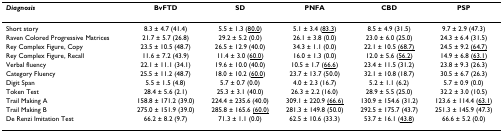
<table><thead><tr><td><b><i>Diagnosis</i></b></td><td><b>BvFTD</b></td><td><b>SD</b></td><td><b>PNFA</b></td><td><b>CBD</b></td><td><b>PSP</b></td></tr></thead><tbody><tr><td>Short story</td><td>8.3 ± 4.7 (41.4)</td><td>5.5 ± 1.3 (<underline>80.0</underline>)</td><td>5.1 ± 3.4 (<underline>83.3</underline>)</td><td>8.5 ± 4.9 (31.5)</td><td>9.7 ± 2.9 (47.3)</td></tr><tr><td>Raven Colored Progressive Matrices</td><td>21.7 ± 5.7 (26.8)</td><td>29.2 ± 5.2 (0.0)</td><td>26.1 ± 3.8 (0.0)</td><td>23.0 ± 6.0 (25.0)</td><td>24.3 ± 6.4 (31.5)</td></tr><tr><td>Rey Complex Figure, Copy</td><td>23.5 ± 10.5 (48.7)</td><td>26.5 ± 12.9 (40.0)</td><td>34.3 ± 1.1 (0.0)</td><td>22.1 ± 10.5 <underline>(68.7)</underline></td><td>24.5 ± 9.2 <underline>(64.7)</underline></td></tr><tr><td>Rey Complex Figure, Recall</td><td>11.6 ± 7.2 (43.9)</td><td>11.4 ± 3.0 (<underline>60.0</underline>)</td><td>16.0 ± 1.3 (0.0)</td><td>12.0 ± 5.6 (<underline>56.2</underline>)</td><td>14.9 ± 6.8 (<underline>63.1</underline>)</td></tr><tr><td>Verbal fluency</td><td>22.1 ± 11.1 (34.1)</td><td>19.6 ± 10.0 (40.0)</td><td>10.5 ± 1.7 (<underline>66.6</underline>)</td><td>23.4 ± 11.5 (31.2)</td><td>23.8 ± 9.3 (26.3)</td></tr><tr><td>Category Fluency</td><td>25.5 ± 11.2 (48.7)</td><td>18.0 ± 10.2 (<underline>60.0</underline>)</td><td>23.7 ± 13.7 (50.0)</td><td>32.1 ± 10.8 (18.7)</td><td>30.5 ± 6.7 (26.3)</td></tr><tr><td>Digit Span</td><td>5.5 ± 1.5 (4.8)</td><td>5.7 ± 0.7 (0.0)</td><td>4.0 ± 2.3 (16.7)</td><td>5.2 ± 1.1 (6.2)</td><td>5.7 ± 0.9 (0.0)</td></tr><tr><td>Token Test</td><td>28.4 ± 5.6 (2.1)</td><td>25.3 ± 3.1 (40.0)</td><td>26.3 ± 2.2 (16.0)</td><td>28.9 ± 5.5 (25.0)</td><td>32.2 ± 3.0 (10.5)</td></tr><tr><td>Trail Making A</td><td>158.8 ± 171.2 (39.0)</td><td>224.4 ± 235.6 (40.0)</td><td>309.1 ± 220.9 <underline>(66.6)</underline></td><td>130.9 ± 154.6 (31.2)</td><td>123.6 ± 114.4 (<underline>63.1</underline>)</td></tr><tr><td>Trail Making B</td><td>275.0 ± 151.9 (39.0)</td><td>285.8 ± 165.6 <underline>(60.0)</underline></td><td>281.3 ± 149.8 (50.0)</td><td>292.5 ± 175.7 (43.7)</td><td>251.3 ± 145.9 (47.3)</td></tr><tr><td>De Renzi Imitation Test</td><td>66.2 ± 8.2 (9.7)</td><td>71.3 ± 1.1 (0.0)</td><td>62.5 ± 10.6 (33.3)</td><td>53.7 ± 16.1 (<underline>43.8</underline>)</td><td>66.6 ± 5.2 (0.0)</td></tr></tbody></table>